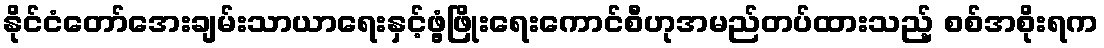
နိုင်ငံတော်အေးချမ်းသာယာရေးနှင့်ဖွံ့ဖြိုးရေးကောင်စီဟုအမည်တပ်ထားသည့် စစ်အစိုးရက